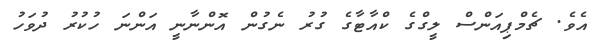
އެވެ. ޗެމްޕިއަންސް ލީގްގެ ކްއާޓާގެ ގުރު ނެގުން އޮންނާނީ އަންނަ ހުކުރު ދުވަހު